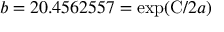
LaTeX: b = 2 0 . 4 5 6 2 5 5 7 = \exp ( { \mathrm { C } } / 2 a )